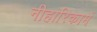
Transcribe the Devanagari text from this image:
नीहारिकामें